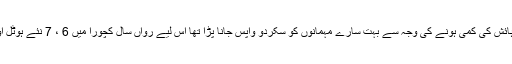
پچھلے سال کچورا کی ہوٹلوں میں رہائش کی کمی ہونے کی وجہ سے بہت سارے مہمانوں کو سکردو واپس جانا پڑا تھا اس لیے رواں سال کچورا میں 6 ، 7 نئے ہوٹل اور گیسٹ ہاؤس تیار کئے گئے ہیں ۔